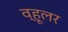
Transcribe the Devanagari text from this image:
व्हूलर